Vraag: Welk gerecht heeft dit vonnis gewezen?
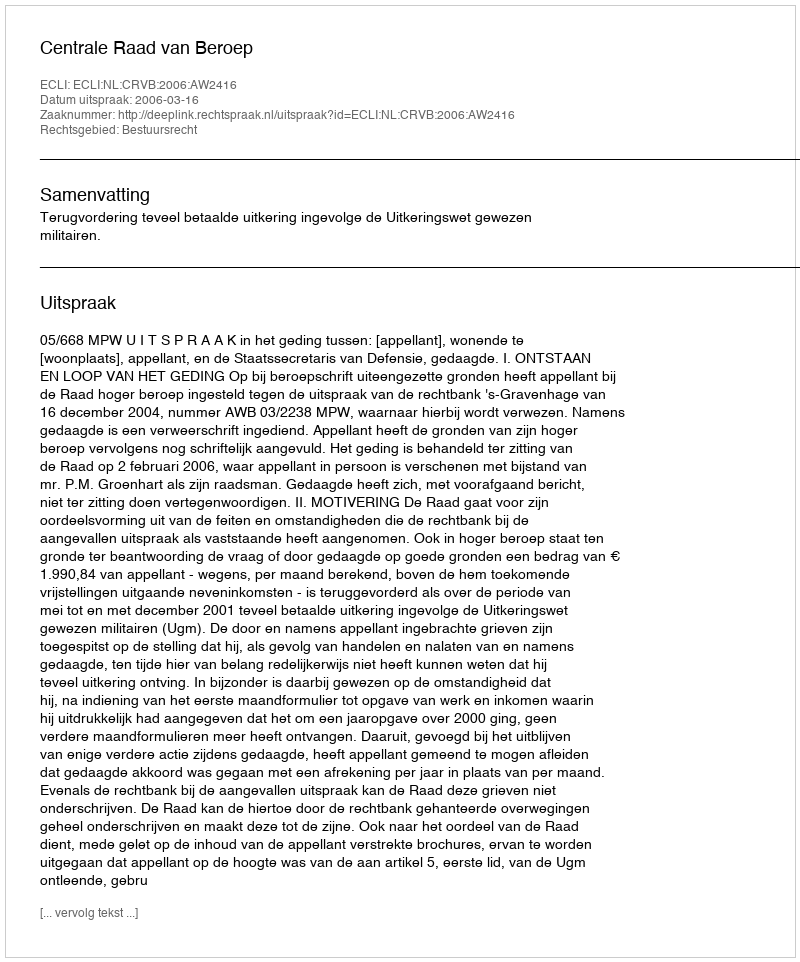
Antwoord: Centrale Raad van Beroep